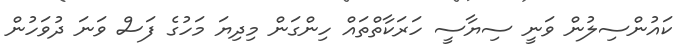
ކައުންސިލުން ވަނީ ސިޔާސީ ހަރަކާތްތައް ހިންގަން މިދިޔަ މަހުގެ ފަސް ވަނަ ދުވަހުން